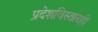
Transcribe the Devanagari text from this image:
प्रदेशविस्तारही